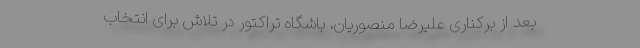
بعد از برکناری علیرضا منصوریان، باشگاه تراکتور در تلاش برای انتخاب